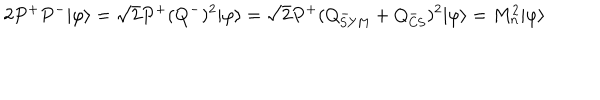
2 P ^ { + } P ^ { - } | \varphi \rangle = \sqrt { 2 } P ^ { + } ( Q ^ { - } ) ^ { 2 } | \varphi \rangle = \sqrt { 2 } P ^ { + } ( Q _ { \mathrm { S Y M } } ^ { - } + Q _ { \mathrm { C S } } ^ { - } ) ^ { 2 } | \varphi \rangle = M _ { n } ^ { 2 } | \varphi \rangle